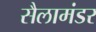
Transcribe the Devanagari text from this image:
सैलामंडर